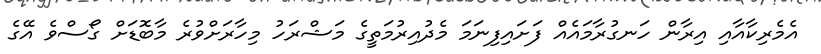
އެމެރިކާާއާއި އިރާން ހަނގުރާމައެއް ފަށައިފިނަމަ މެދުއިރުމަތީގެ މަޝްރަހު މިހާރަށްވުރެ މާބޮޑަށް ގޯސްވެ އޭގެ